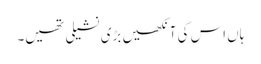
ہاں اس کی آنکھیں بڑی نشیلی تھیں۔